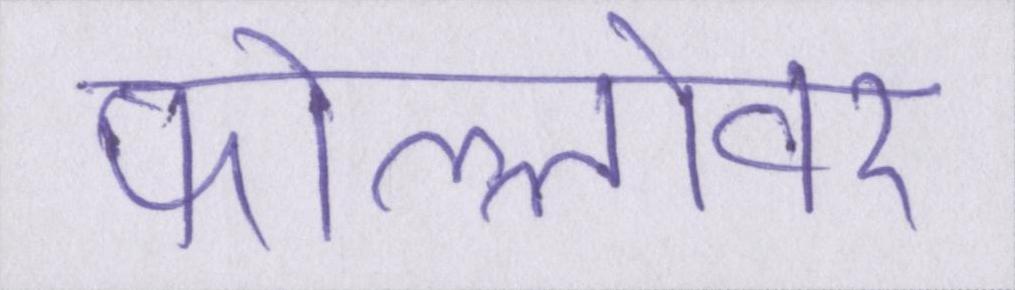
फोल्लोवर